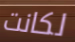
لكانت